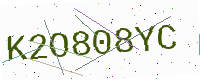
Text: K2O808YC